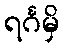
ရင်္ဂမှိ